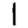
Digit: 1